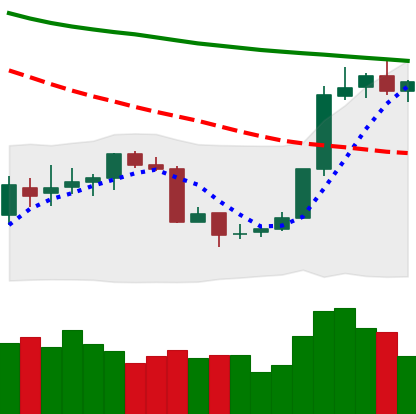
Ticker: BTC-USD
Chart end date: 2018-07-21
Forward return: 7.174%
Label: up_7plus